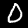
Digit: 0